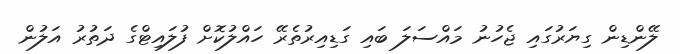
ލޭންޑިން ގިޔަރުގައި ޖެހުނު މައްސަލަ ބައި ގަޑިއިރުތެރޭ ހައްލުކޮށް ފުލައިޓްގެ ދަތުރު އަލުން